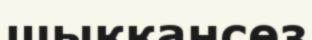
шыққансөз